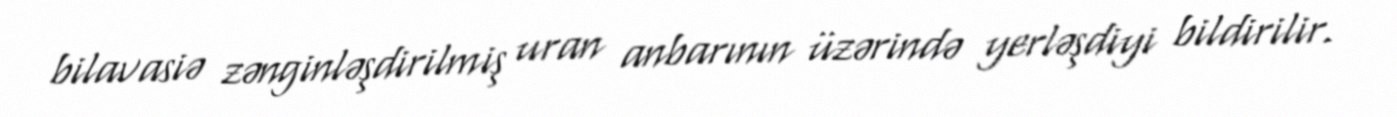
bilavasiə zənginləşdirilmiş uran anbarının üzərində yerləşdiyi bildirilir.